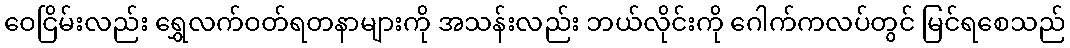
ဝေငြိမ်းလည်း ရွှေလက်ဝတ်ရတနာများကို အသန်းလည်း ဘယ်လိုင်းကို ဂေါက်ကလပ်တွင် မြင်ရစေသည်